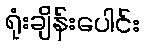
ရုံးချိန်းပေါင်း